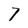
Character: 7